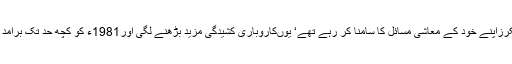
اس وقت امریکی آٹومیکرزاپنے خود کے معاشی مسائل کا سامنا کر رہے تھے‘ یوںکاروباری کشیدگی مزید بڑھنے لگی اور1981ء کو کچھ حد تک برآمد ی پابندیاں لگائیں گئیں۔